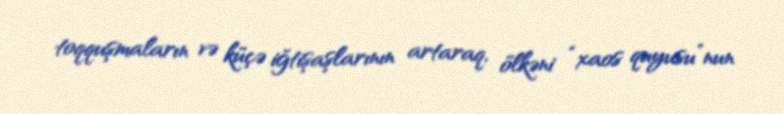
toqquşmaların və küçə iğtişaşlarının artaraq, ölkəni “xaos quyusu”nun